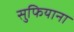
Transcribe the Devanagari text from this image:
सुफियाना